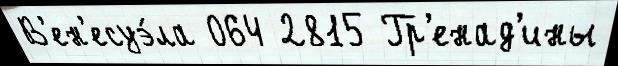
В'ен'есуэ́ла 064 2815 Гр'енад'ины